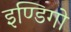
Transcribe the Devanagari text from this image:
इण्डिगो